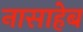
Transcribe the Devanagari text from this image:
नासाहेब